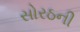
સોરઠની